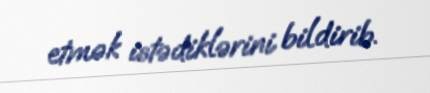
etmək istədiklərini bildirib.